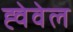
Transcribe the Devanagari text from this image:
ह्वेवेल